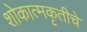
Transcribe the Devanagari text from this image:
शोकात्मकृतीचे